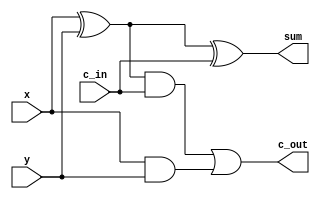
module full_adder (
	input x, y, c_in,
	output sum, c_out
);

	assign sum = x ^ y ^ c_in;
	assign c_out = ((x ^ y) & c_in) | (x & y);

endmodule


module adder_subtractor (
	input [7:0] x,y,
	input add_in,
	output [7:0] sum,
	output c_out
);

	wire [7:0] xored_y;
	wire [8:0] c;
	assign c[0] = add_in;
	assign c_out = c[8];

	generate 
		genvar k;
		for (k = 0; k < 8; k = k + 1)
		begin: state
		assign xored_y[k] = y[k] ^ add_in;
		end
	endgenerate

	generate
		genvar i;

		for (i = 0; i < 8; i = i + 1)
			begin: bit
			full_adder FA (
				.x(x[i]),
				.y(xored_y[i]),
				.c_in(c[i]),
				.sum(sum[i]),
				.c_out(c[i+1])
			);
			end
	endgenerate

endmodule


module alu (
    input [7:0] A,
    input [7:0] B,
    input [2:0] opCode,
    output [7:0] Out,
    output Carry_out,
    output C_flag
);

wire [7:0] sum;
wire [8:0] c;

adder_subtractor AS (
    .x(A),
    .y(B),
    .add_in(opCode[0]),
    .sum(sum),
    .c_out(c[8])
);
  

assign C_flag = (A > B);

assign Carry_out = c[8];

assign Out = (opCode == 3'b000) ? sum :
 	     (opCode == 3'b001) ? sum :
             (opCode == 3'b010) ? (A & B) :
             (opCode == 3'b011) ? (A | B) :
             (opCode == 3'b100) ? (A ^ B) :
             (opCode == 3'b101) ? (A > B) :
             (opCode == 3'b110) ? (A << 1) :
             (opCode == 3'b111) ? (B << 1) :
             8'b0;

endmodule